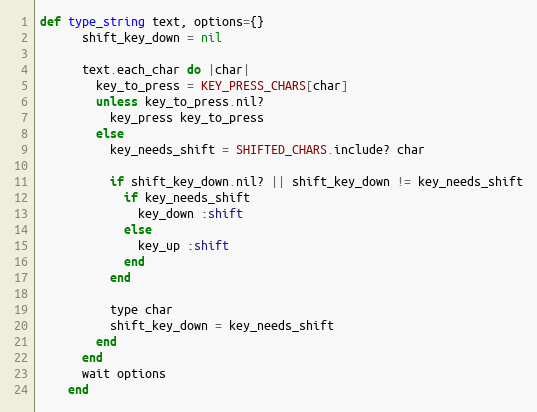
Language: Ruby
def type_string text, options={}
      shift_key_down = nil

      text.each_char do |char|
        key_to_press = KEY_PRESS_CHARS[char]
        unless key_to_press.nil?
          key_press key_to_press
        else
          key_needs_shift = SHIFTED_CHARS.include? char

          if shift_key_down.nil? || shift_key_down != key_needs_shift
            if key_needs_shift
              key_down :shift
            else
              key_up :shift
            end
          end

          type char
          shift_key_down = key_needs_shift
        end
      end
      wait options
    end